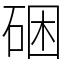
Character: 硱